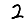
Digit: 2